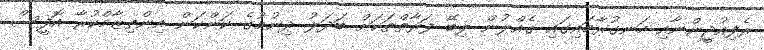
ރެފިއުޖީންނާއި ހަނގުރާމައިގައި ގެއްލުން ލިބޭ ފަރާތްތަކަށް ބަދަލު ދިނުމުގެ ކަންކަން އިންތިޒާމްކުރާ އޮފީސް